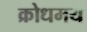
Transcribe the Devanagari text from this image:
क्रोधमय